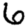
Digit: 6